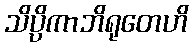
သိပ္ပိကာဘိရုတေဟိ